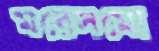
মরেসমো